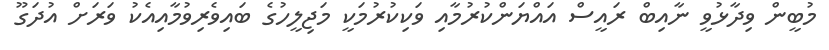
މުބީން ވިދާޅުވީ ނާއިބް ރައީސް އައްޔަންކުރުމާއި ވަކިކުރުމަކީ މަޖިލީހުގެ ބައިވެރިވުމާއިއެކު ވަރަށް އުދަގޫ